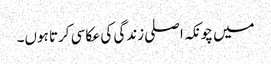
میں چونکہ اصلی زندگی کی عکاسی کرتا ہوں۔